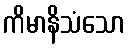
ကိမာနိသံသော